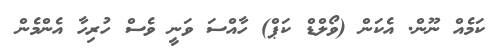
ކަމެއް ނޫން. އެކަން (ވޯލްޑް ކަޕް) ހާއްސަ ވަނީ ވެސް ހުރިހާ އެންމެން